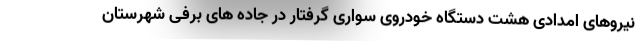
نیروهای امدادی هشت دستگاه خودروی سواری گرفتار در جاده های برفی شهرستان